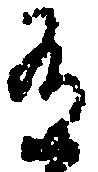
有